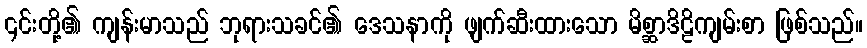
၎င်းတို့၏ ကျန်းမာသည် ဘုရားသခင်၏ ဒေသနာကို ဖျက်ဆီးထားသော မိစ္ဆာဒိဠိကျမ်းစာ ဖြစ်သည်။